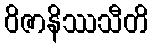
ဝိဇာနိဿသီတိ